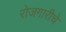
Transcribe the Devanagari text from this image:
रोजगारीचे